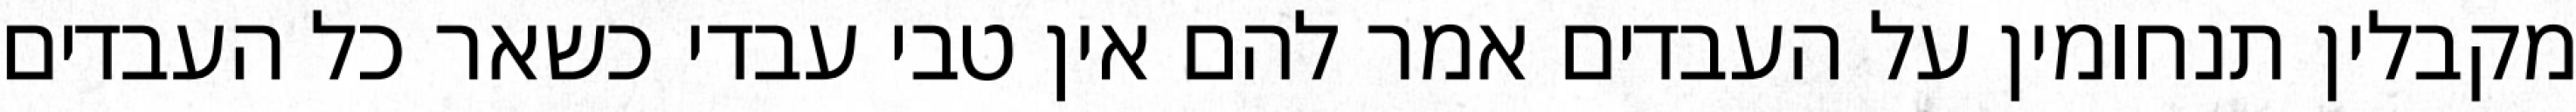
מקבלין תנחומין על העבדים אמר להם אין טבי עבדי כשאר כל העבדים